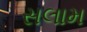
સલામ